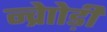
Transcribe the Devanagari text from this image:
न्व्रेाोड़ी